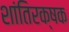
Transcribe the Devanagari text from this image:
शांतिरक्षक